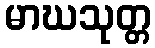
မာဃသုတ္တ